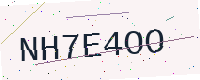
Text: NH7E4OO